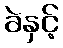
ခဲနှင့်